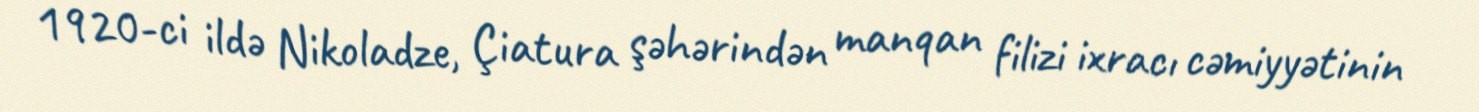
1920-ci ildə Nikoladze, Çiatura şəhərindən manqan filizi ixracı cəmiyyətinin